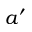
a ^ { \prime }